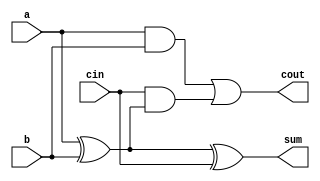
module full_adder (
    input wire a,
    input wire b,
    input wire cin,
    output wire sum,
    output wire cout
);
    assign sum = a ^ b ^ cin; // Sum = A XOR B XOR Cin
    assign cout = (a & b) | (cin & (a ^ b)); // Carry = (A AND B) OR (Cin AND (A XOR B))
endmodule